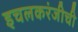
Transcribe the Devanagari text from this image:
इचलकरंजीची